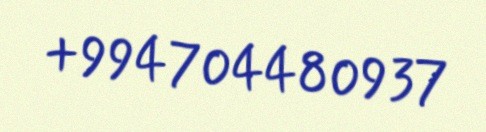
+994704480937